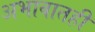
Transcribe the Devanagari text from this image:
अभावातही